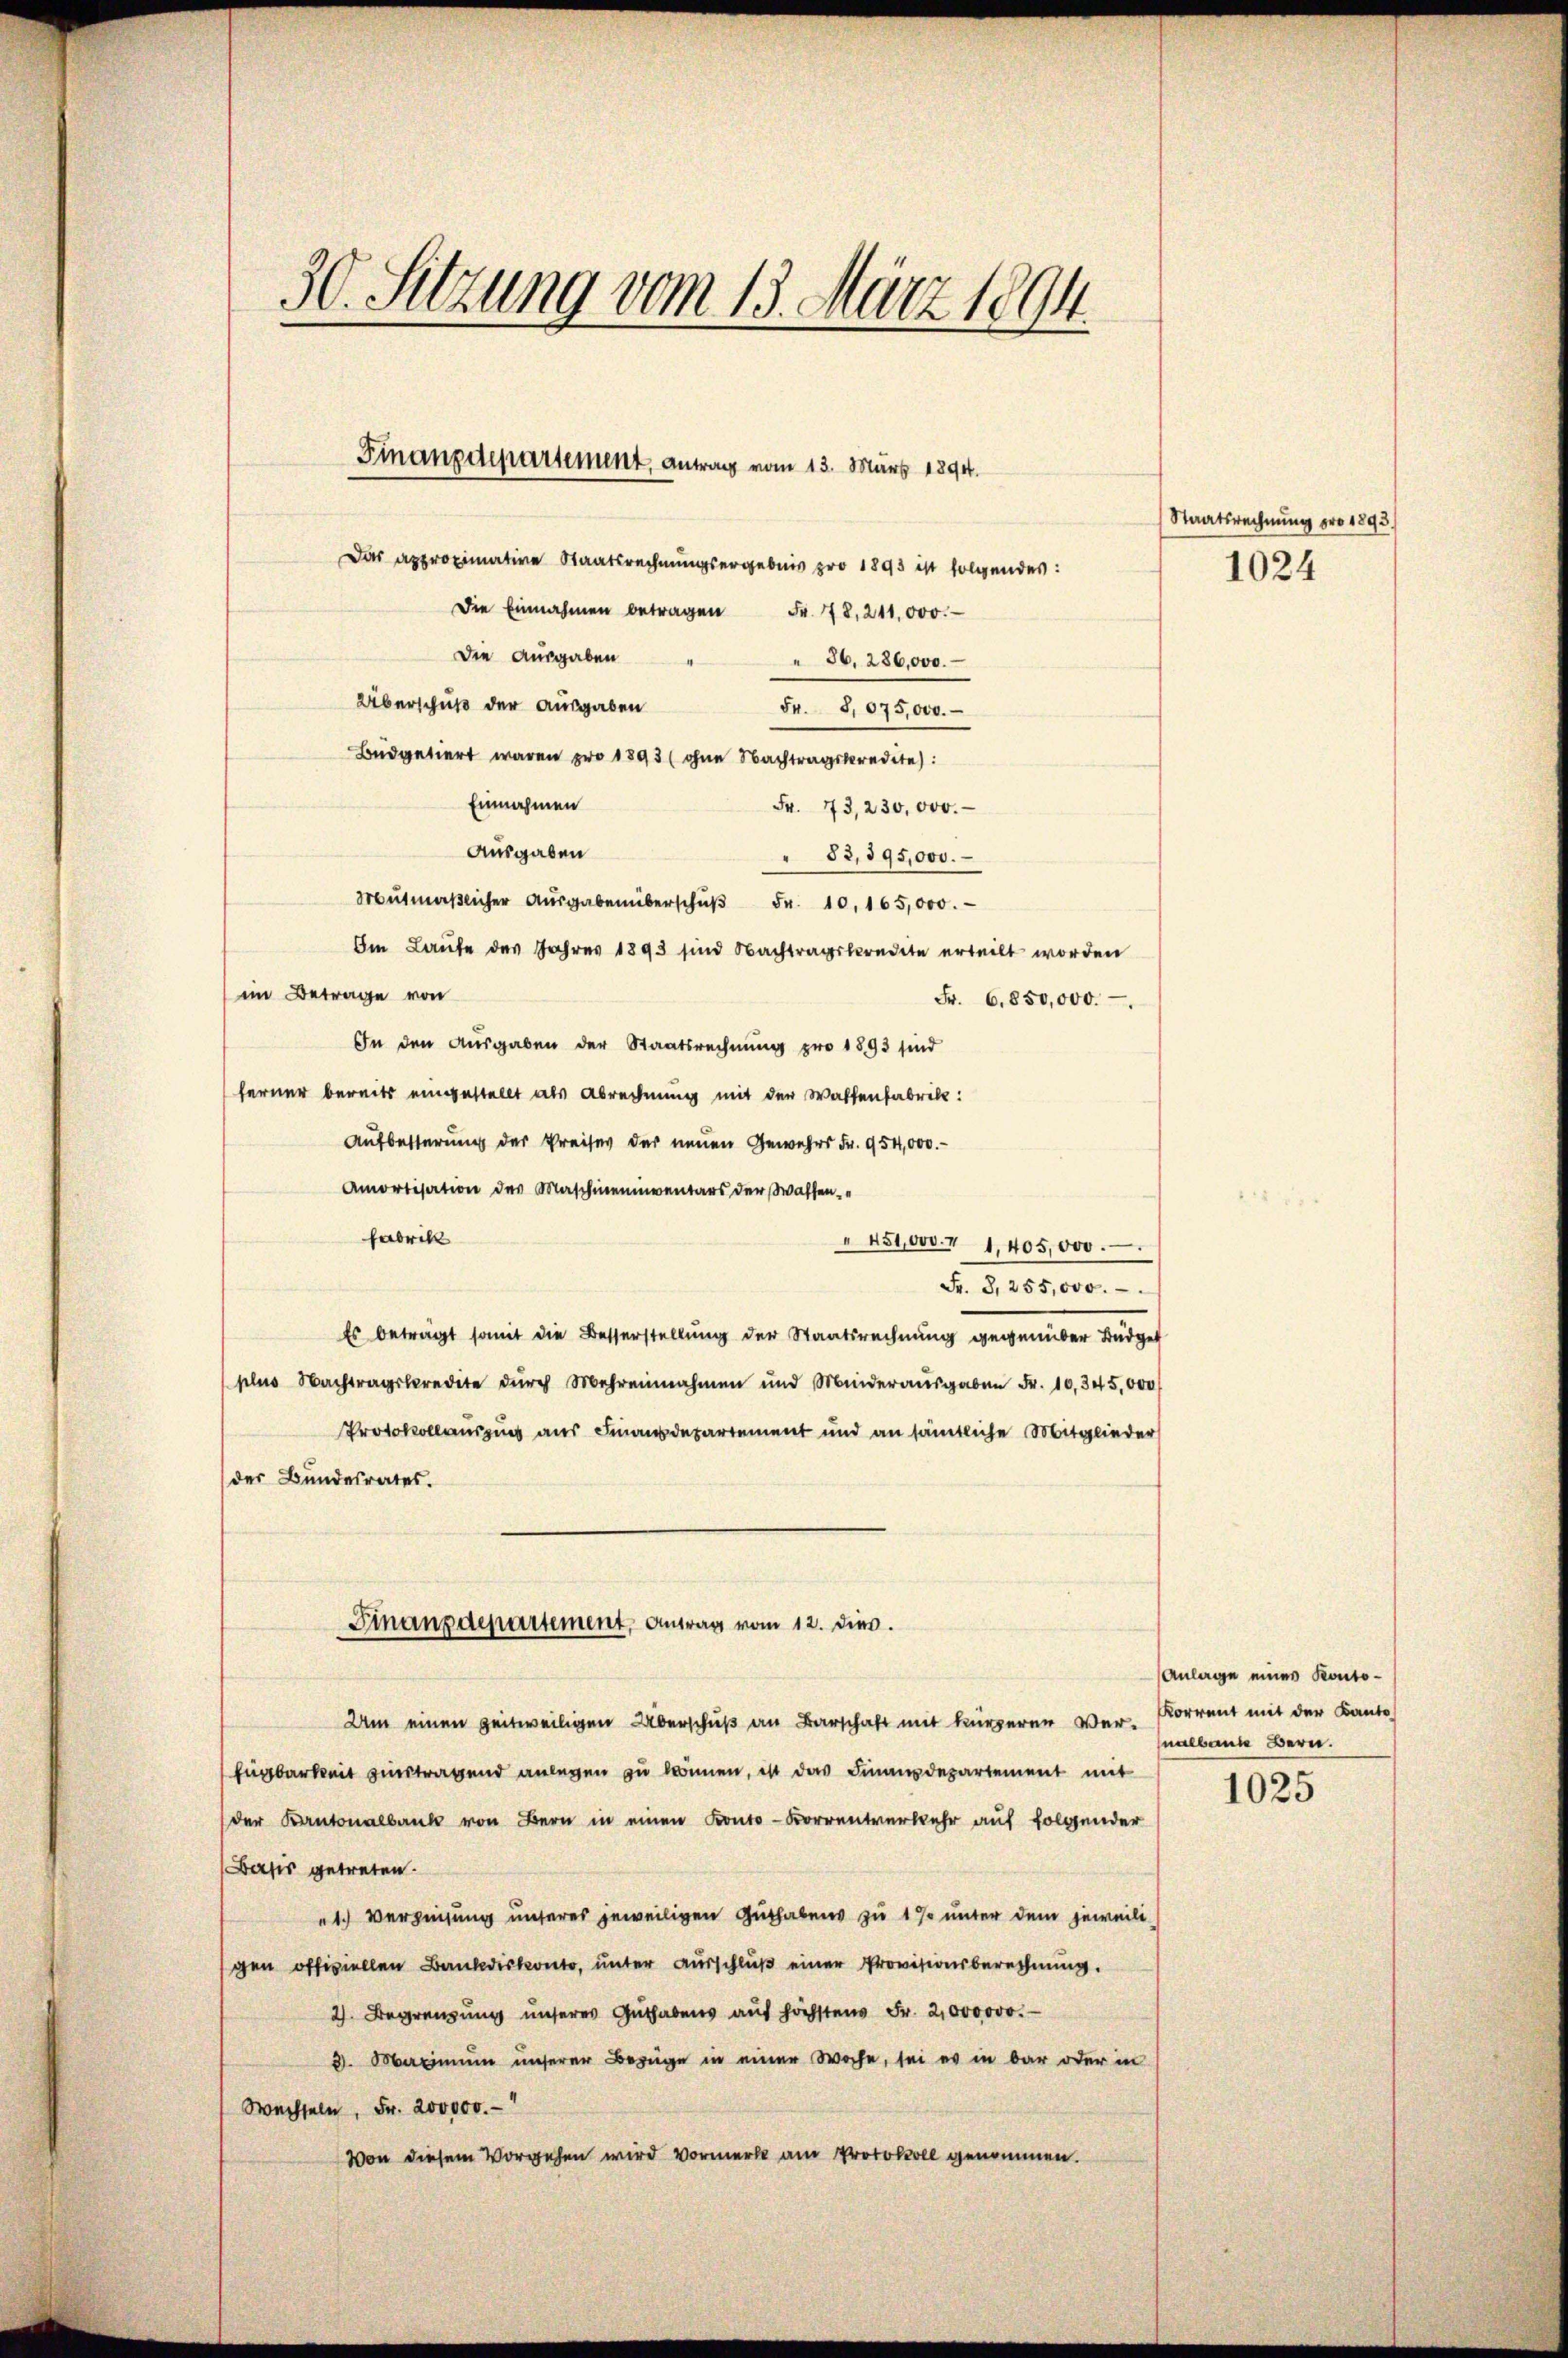
30. Sitzung vom 13. März 1894.

Das approximative Staatsrechnungsergebnis pro 1893 ist folgendes:
Die Einnahmen betragen Fr. 78, 211,000.
Die Ausgaben
 36. 286,000.
Überschuß der Ausgaben
54. S. 675,000.
Budgetiert waren pro 1893 (ohne Nachtragskredite:
Einnahmen
Fr. 73, 230,000.
Ausgaben
" 82,895,000.
Mŭtmaβlicher Aŭsgabenüberschŭβ Fr. 10. 165,000.
Im Laufe des Jahres 1893 sind Nachtragskredite erteilt worden
iin Betrage von
Fr. 6850,000.
In den Ausgaben der Staatsrechnung pro 1893 sind
ferner bereits eingestellt als Abrechnung mit der Waffenfabrik:
Aufbesterung der Preises der neuen Gewehrs Fr. 954,000.-
Amortisation des Maschineinventars der Wassen-
Fabrik
" 451000. r 1,405,000.
Fr. 3, 255,000.
Es beträgt somit die Besserstellung der Staatsrechnung gegenüber Budget
plus Nachtragskredite dŭrch Mehrennahmen und Minderaŭsgaben Fr. 10,345,000
Protokollauszug aus Finanzdepartement und an sämtliche Mitglieder
der Bundesrates.
Finanzdepartement, Antrag vom 12. dies.
Um einen zeitweiligen Überschuß an Barschaft mit kürzer war. Korrent mit der Kanto
Eugbarkeit einstragend anlegen zu können, ist das Finanzdepartement mit
der Kantonalbank von Bern in einen Konto-Korrentverkehr auf folgender
Basis getreten.
1.) Verzigung unseres jeweiligen Guthabens zu 1 % unter dem jeweili
gen offiziellen Bankdiskonto, unter Ausschluß einer Provisionsberechnung.
2. Begrenzung unseres Guthabens auf höchstens Fr. 2,000000.
3. Maximum unserer Bezüge in einer Woche, sei es in bar oder in
Wechseln, Fr. 200,000.-
Von diesem Vorgehen wird Vormerk am Protokoll genommen.

Finanzdepartement, Antrag vom 13. März 1894.

Staatsrechnung pro 1893.
1024

Anlage eines Kontonalbann Bern.

1025